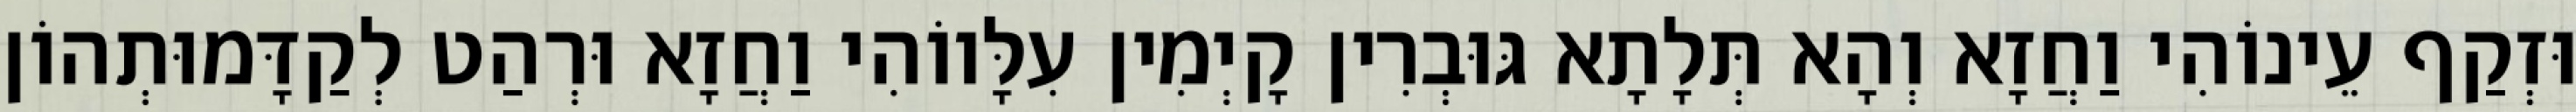
וּזְקַף עֵינוֹהִי וַחֲזָא וְהָא תְּלָתָא גּוּבְרִין קָיְמִין עִלָּווֹהִי וַחֲזָא וּרְהַט לְקַדָּמוּתְהוֹן